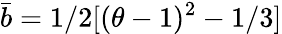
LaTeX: \bar{b}=1/2[(\theta-1)^{2}-1/3]